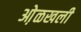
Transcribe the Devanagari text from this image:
ओ़ळखली